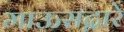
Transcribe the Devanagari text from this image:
माऊसद्वारे